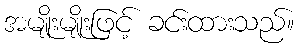
အမျိုးမျိုးဖြင့် ခင်းထားသည်။